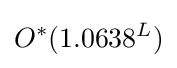
O^{*}(1.0638^{L})